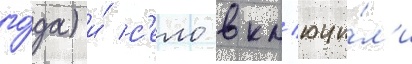
го́да) и́ с'ело вкл'ючи́л'и